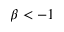
\beta < - 1